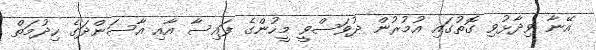
އޭނާ ވިދާޅުވި ގޮތުގައި އުމުރުން ދުވަސްވީ މީހުންގެ ފައިސާ އާއި އާސަންދަގެ ހިދުމަތް